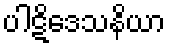
ပါဋိဒေသနိယာ